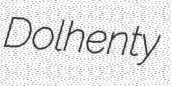
Dolhenty